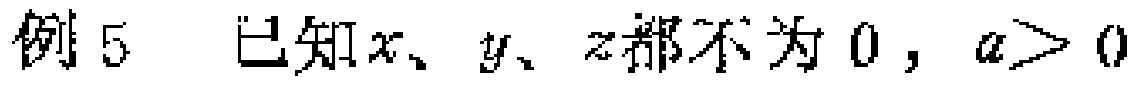
例5 已知\(x、y、z\)都不为\(0\)，\(a > 0\)